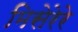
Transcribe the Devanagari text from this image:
मिसेरेरे